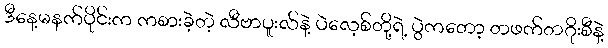
ဒီနေ့မနက်ပိုင်းက ကစားခဲ့တဲ့ လီဗာပူးလ်နဲ့ ပဲလေ့စ်တို့ရဲ့ ပွဲကတော့ တဖက်တဂိုးစီနဲ့